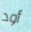
أود